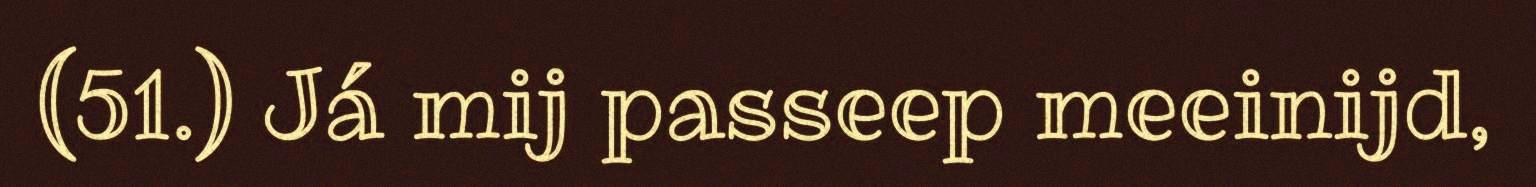
(51.) Já mij passeep meeinijd,